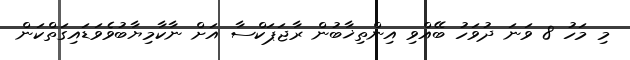
މި މަހު 8 ވަނަ ދުވަހު ބޭއްވި އިންތިޚާބުން ރާޖަޕަކްސާ އަށް ނާކާމިޔާބުވެވަޑައިގަތްކަން